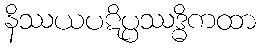
နိဿယပဋိပ္ပဿဒ္ဓိကထာ